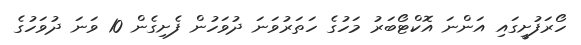
ހޯރަފުށީގައި އަންނަ އޮކްޓޯބަރު މަހުގެ ހަތަރުވަނަ ދުވަހުން ފެށިގެން 10 ވަނަ ދުވަހުގެ